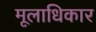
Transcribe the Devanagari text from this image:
मूलाधिकार